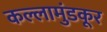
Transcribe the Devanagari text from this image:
कल्लामुंडकूर